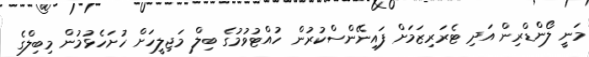
މަނީ ލޯންޑްރިން އަދި ޓެރަރިޒަމަށް ފައިނޭންސްކުރުން ހުއްޓުވުމުގެ ބިލް މަޖިލީހަށް ހުށަހެޅުމުން މިބިލްގެ